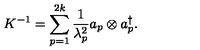
K ^ { - 1 } = \sum _ { p = 1 } ^ { 2 k } { \frac { 1 } { \lambda _ { p } ^ { 2 } } } a _ { p } \otimes a _ { p } ^ { \dagger } .